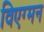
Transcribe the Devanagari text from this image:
विएग्मन